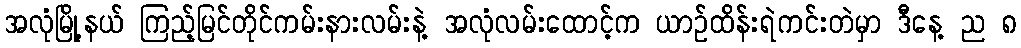
အလုံမြို့နယ် ကြည့်မြင်တိုင်ကမ်းနားလမ်းနဲ့ အလုံလမ်းထောင့်က ယာဥ်ထိန်းရဲကင်းတဲမှာ ဒီနေ့ ည ၈